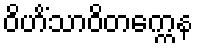
ဝိဟိံသာဝိတက္ကေန